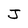
Character: J